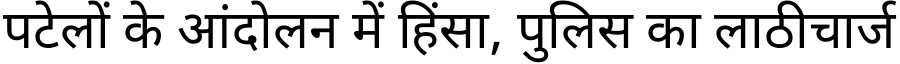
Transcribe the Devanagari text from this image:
पटेलों के आंदोलन में हिंसा, पुलिस का लाठीचार्ज